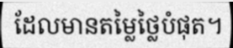
ដែលមានតម្លៃថ្លៃបំផុត។